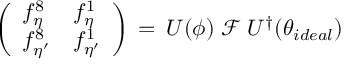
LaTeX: \left( \begin{array} { l l } { { f _ { \eta } ^ { 8 } } } & { { f _ { \eta } ^ { 1 } } } \\ { { f _ { \eta ^ { \prime } } ^ { 8 } } } & { { f _ { \eta ^ { \prime } } ^ { 1 } } } \end{array} \right) \, = \, U ( \phi ) \; { \mathcal F } \; U ^ { \dagger } ( \theta _ { i d e a l } )